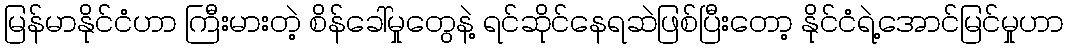
မြန်မာနိုင်ငံဟာ ကြီးမားတဲ့ စိန်ခေါ်မှုတွေနဲ့ ရင်ဆိုင်နေရဆဲဖြစ်ပြီးတော့ နိုင်ငံရဲ့အောင်မြင်မှုဟာ